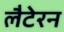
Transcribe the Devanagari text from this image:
लैटेरन